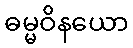
ဓမ္မဝိနယော